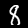
Digit: 8